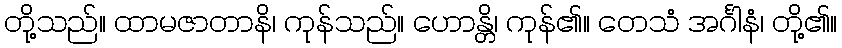
တို့သည်။ ထာမဇာတာနိ၊ ကုန်သည်။ ဟောန္တိ၊ ကုန်၏။ တေသံ အင်္ဂါနံ၊ တို့၏။